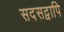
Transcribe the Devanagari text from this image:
सदसद्वापि